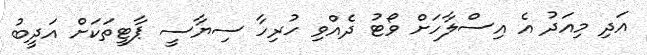
އަދި މިއަދު އެ އިސްލާހަށް ވޯޓު ދެއްވި ހުރިހާ ސިޔާސީ ޕާޓީތަކަށް އަދީބު